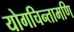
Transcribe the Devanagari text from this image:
योगचिन्तामणि